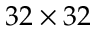
3 2 \times 3 2